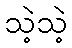
သဲ့သဲ့